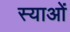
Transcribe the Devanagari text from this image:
स्याओं